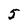
Character: 8